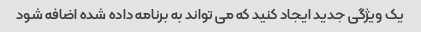
یک ویژگی جدید ایجاد کنید که می تواند به برنامه داده شده اضافه شود